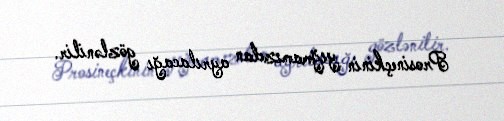
Prosineçkinin yığmamızdan ayrılacağı gözlənilir.